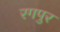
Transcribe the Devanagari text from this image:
रगपुर